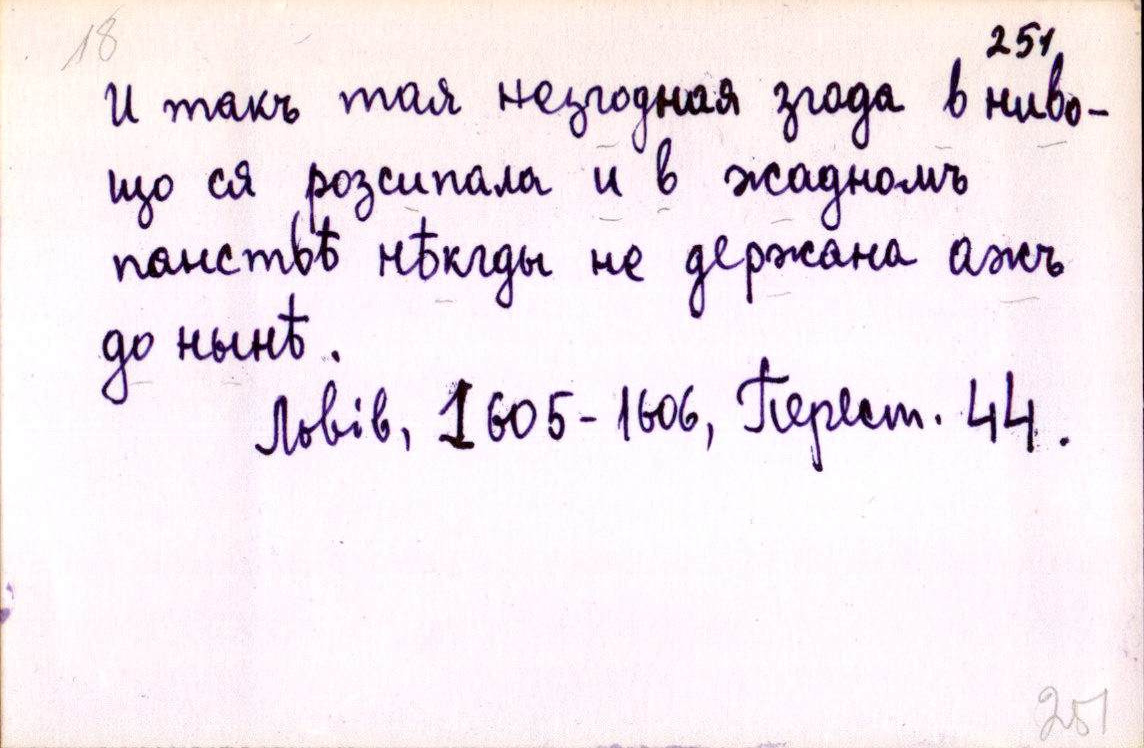
И такъ тая незгодная згода в ниво-
що ся розсипала и в жадномъ
панствѣ нѣкгды не держана ажъ
до нынѣ.
Львів, 1605-1606, Перест. 44.